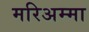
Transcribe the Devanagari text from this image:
मरिअम्मा